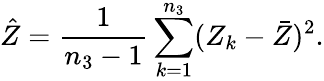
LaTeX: \hat{Z}=\frac{1}{n_{3}-1}\sum_{k=1}^{n_{3}}(Z_{k}-\bar{Z})^{2}.